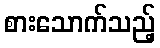
စားသောက်သည့်